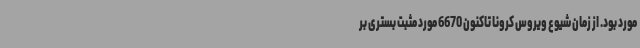
مورد بود. از زمان شیوع ویروس کرونا تاکنون 6670 مورد مثبت بستری بر